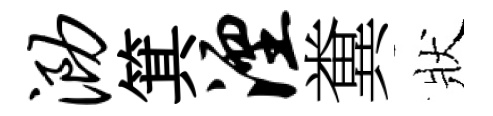
泐箕湮糞狀